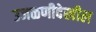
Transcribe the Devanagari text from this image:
उजळणीदेखील